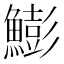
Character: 𩻬